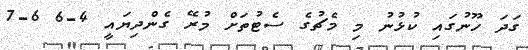
ގަދަ ހޫނުގައި ކުޅުނު މި މެޗުގެ ސެޓުތަށް މުރޭ ގެންދިޔައީ 4-6 6-7